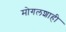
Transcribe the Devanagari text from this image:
मोगलशाही